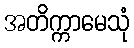
အတိက္ကာမေသုံ